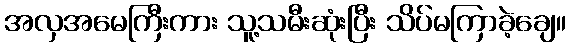
အလှအမေကြီးကား သူ့သမီးဆုံးပြီး သိပ်မကြာခဲ့ချေ။